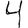
Digit: 4